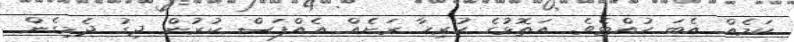
ކަމެއް އެބަ ހުއްޓެވެ. އަތޮޅުގެ ހުރިހާ ރަށެއް އެއްފަސް ކުރުން ދިގު ދެމިގެން